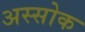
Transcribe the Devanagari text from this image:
अस्सोक